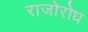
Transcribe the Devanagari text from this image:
राजोरोध